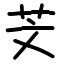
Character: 芠